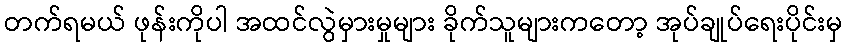
တက်ရမယ် ဖုန်းကိုပါ အထင်လွဲမှားမှုများ ခိုက်သူများကတော့ အုပ်ချုပ်ရေးပိုင်းမှ